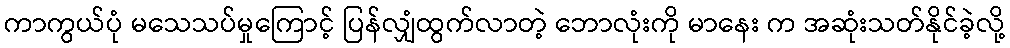
ကာကွယ်ပုံ မသေသပ်မှုကြောင့် ပြန်လျှံထွက်လာတဲ့ ဘောလုံးကို မာနေး က အဆုံးသတ်နိုင်ခဲ့လို့